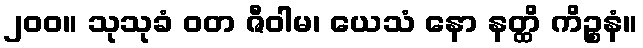
၂၀၀။ သုသုခံ ဝတ ဇီဝါမ၊ ယေသံ နော နတ္ထိ ကိဉ္စနံ။